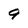
Character: 9